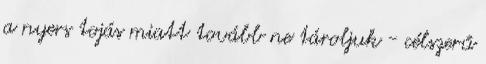
a nyers tojás miatt tovább ne tároljuk - célszerű